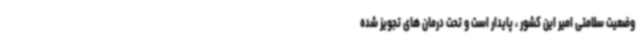
وضعیت سلامتی امیر این کشور ، پایدار است و تحت درمان های تجویز شده